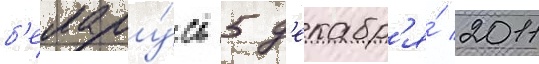
б'елару́сь 5 д'екабр'я́ 2011